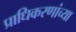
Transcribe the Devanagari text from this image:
प्राधिकरणांच्या